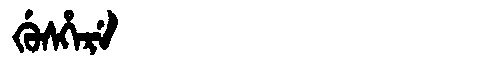
Manchu: ᡤᡠᠰᡥᡝᡵᡝ
Romanization: GUSHERE